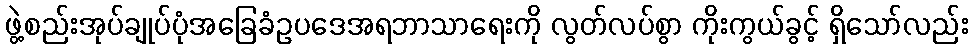
ဖွဲ့စည်းအုပ်ချုပ်ပုံအခြေခံဥပဒေအရဘာသာရေးကို လွတ်လပ်စွာ ကိုးကွယ်ခွင့် ရှိသော်လည်း